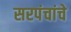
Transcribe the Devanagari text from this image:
सरपंचांचे